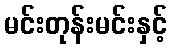
မင်းတုန်းမင်းနှင့်